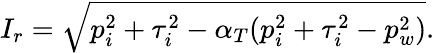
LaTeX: I_{r}=\sqrt{p_{i}^{2}+\tau_{i}^{2}-\alpha_{T}(p_{i}^{2}+\tau_{i}^{2}-p_{w}^{2})}.